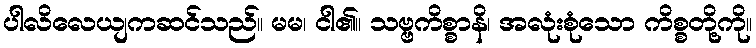
ပါလိလေယျကဆင်သည်။ မမ၊ ငါ၏။ သဗ္ဗကိစ္စာနိ၊ အလုံးစုံသော ကိစ္စတို့ကို။